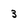
Character: 3